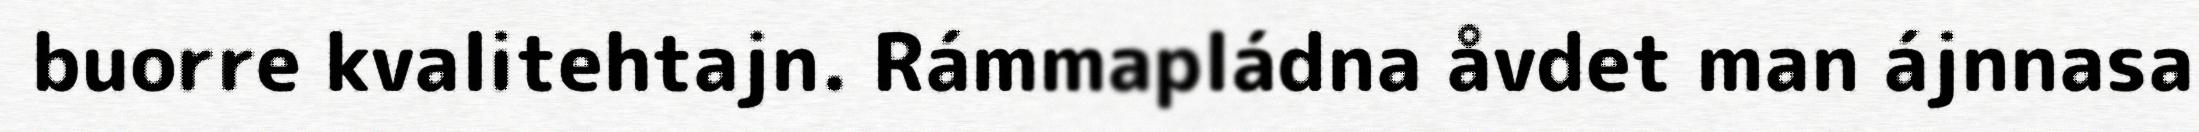
buorre kvalitehtajn. Rámmapládna åvdet man ájnnasa